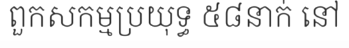
ពួកសកម្មប្រយុទ្ធ ៥៨នាក់ នៅ